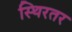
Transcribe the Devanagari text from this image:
स्थिरतर